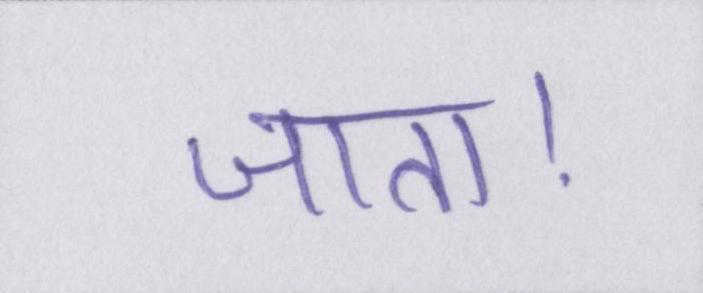
जाता।